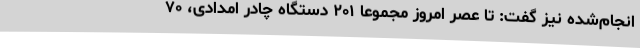
انجام‌شده نیز گفت: تا عصر امروز مجموعا ۲۰۱ دستگاه چادر امدادی، ۷۰